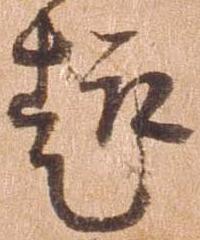
趣